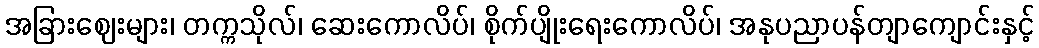
အခြားဈေးများ၊ တက္ကသိုလ်၊ ဆေးကောလိပ်၊ စိုက်ပျိုးရေးကောလိပ်၊ အနုပညာပန်တျာကျောင်းနှင့်